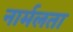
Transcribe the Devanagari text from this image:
नार्मलता